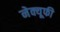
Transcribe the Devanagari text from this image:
नेक्यूफी